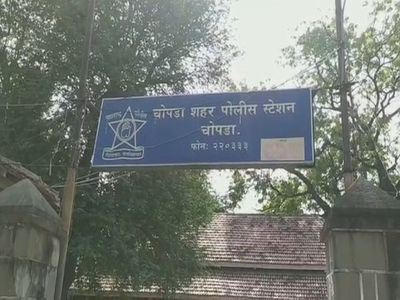
Language: marathi
Transcription: चोपडा शहर पोलीस चोपडा स्टेशन